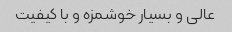
عالی و بسیار خوشمزه و با کیفیت